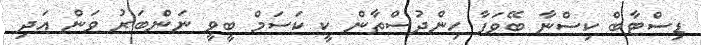
ޑިސްޓާބް ކިސްނާ ބޭވަފާ ހިންދުސްތާން ކީ ކަސަމް ބީވީ ނަންބަރު ވަން އަދި